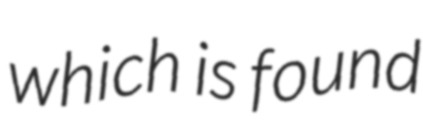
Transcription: which is found